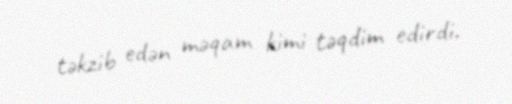
təkzib edən məqam kimi təqdim edirdi.